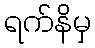
ရက်နိမှ